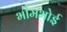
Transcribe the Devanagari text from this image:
भीमभोई